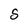
Character: S